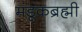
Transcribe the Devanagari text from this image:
मंडूकब्रह्मी